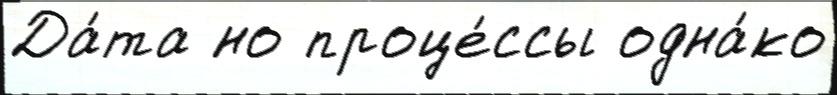
Да́та но проце́ссы одна́ко